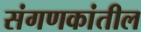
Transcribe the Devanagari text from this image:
संगणकांतील